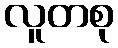
လူတစု